Cultivation of the bacillus of leprosy and the treatment of cases by means of a vaccine prepared from the cultivations - Number 42
Disease focus: Leprosy
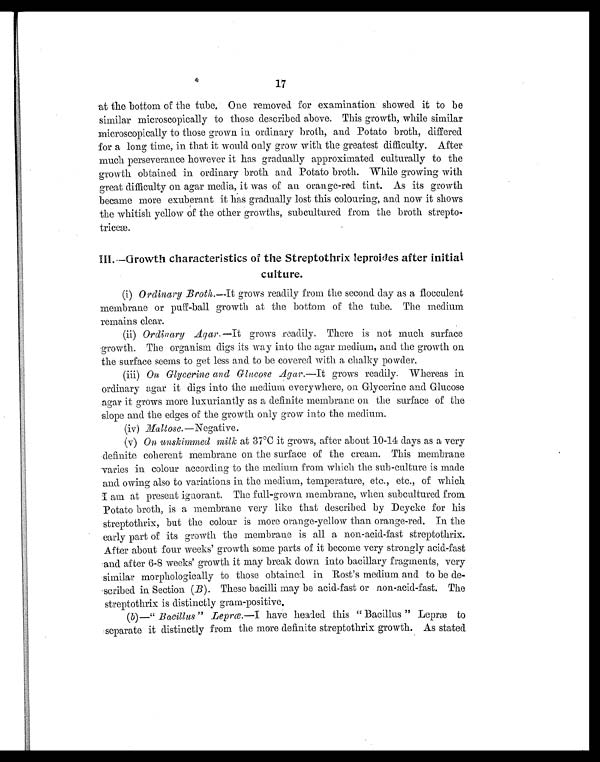
17
at the bottom of the tube. One removed for examination showed it to be
similar microscopically to those described above. This growth, while similar
microscopically to those grown in ordinary broth, and Potato broth, differed
for a long time, in that it would only grow with the greatest difficulty. After
much perseverance however it has gradually approximated culturally to the
growth obtained in ordinary broth and Potato broth. While growing with
great difficulty on agar media, it was of an orange-red tint. As its growth
became more exuberant it has gradually lost this colouring, and now it shows
the whitish yellow of the other growths, subcultured from the broth strepto-
triceæ.
III.—Growth characteristics of the Streptothrix leproides after initial
culture.
(i) Ordinary Broth.—Itg r o w s r e a d i l y f r o m t h e s e c o n d c l a y a s a f l o c c u l e n t
membrane or puff-ball growth at the bottom of the tube. The medium
remains clear.
(ii) Ordinary Agar.—It grows readily, There is not much surface
growth. The organism digs its way into the agar medium, and the growth on
the surface seems to get less and to be covered with a chalky powder.
(iii) On Glycerine and Glucose Agar.—It grows readily. Whereas in
ordinary agar it digs into the medium everywhere, on Glycerine and Glucose
agar it grows more luxuriantly as a definite membrane on the surface of the
slope and the edges of the growth only grow into the medium.
(iv) Maltose. —Negative.
(v) On. unskimmecl milk at 37°C it grows, after about 10-14 days as a very
definite coherent membrane on the surface of the cream. This membrane
varies in colour according to the medium from which the sub-culture is made
and owing also to variations in the medium, temperature, etc., etc., of which
I am at present ignorant. The full-grown membrane, when subcultured from
Potato broth, is a membrane very like that described by Deycke for his
streptothrix, but the colour is more orange-yellow than orange-red. In the
early part of its growth the membrane is all a non-acid-fast streptothrix.
After about four weeks' growth some parts of it become very strongly acid-fast
and after 6-8 weeks' growth it may break down into bacillary fragments, very
similar morphologically to those obtained in Rost's medium and to be de-
scribed. in Section (B). These bacilli may be acid-fast or non-acid-fast. The
streptothrix is distinctly gram-positive.
(b)—" Bacillus " Leprcæ.—Ih a v e h e a d e d t h i s " B a c i l l u s " L e p r æ t o
separate it distinctly from the more definite streptothrix growth. As stated